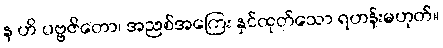
န ဟိ ပဗ္ဗဇိတော၊ အညစ်အကြေး နှင်ထုတ်သော ရဟန်းမဟုတ်။